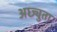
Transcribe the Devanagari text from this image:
अछ्युता